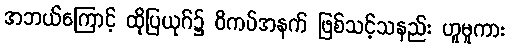
အဘယ်ကြောင့် ထိုပြယုဂ်၌ ဝိကပ်အနက် ဖြစ်သင့်သနည်း ဟူမူကား